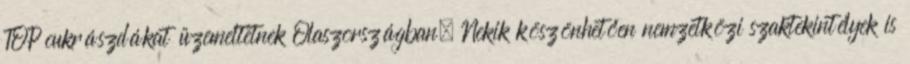
TOP cukrászdákat üzemeltetnek Olaszországban. Nekik köszönhetően nemzetközi szaktekintélyek is